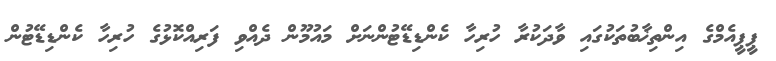
ޕީޕީއެމްގެ އިންތިޚާބުތަކުގައި ވާދަކުރާ ހުރިހާ ކެންޑިޑޭޓުންނަށް މައުމޫން ދެއްވި ފަރިއްކޮޅުގެ ހުރިހާ ކެންޑިޑޭޓުން